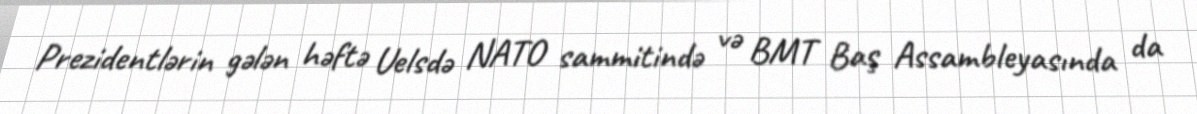
Prezidentlərin gələn həftə Uelsdə NATO sammitində və BMT Baş Assambleyasında da